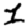
Digit: 1